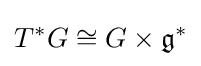
T^{*}G\cong G\times {\mathfrak {g}}^{*}